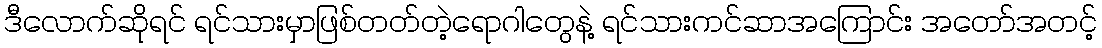
ဒီလောက်ဆိုရင် ရင်သားမှာဖြစ်တတ်တဲ့ရောဂါတွေနဲ့ ရင်သားကင်ဆာအကြောင်း အတော်အတင့်